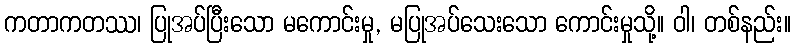
ကတာကတဿ၊ ပြုအပ်ပြီးသော မကောင်းမှု, မပြုအပ်သေးသော ကောင်းမှုသို့။ ဝါ၊ တစ်နည်း။